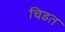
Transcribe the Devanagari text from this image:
चिडत